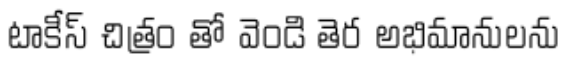
టాకీస్ చిత్రం తో వెండి తెర అభిమానులను